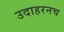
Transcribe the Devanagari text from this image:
उदाहरनच